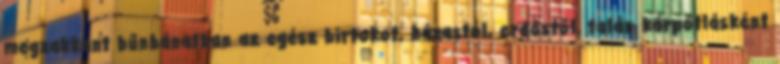
megzakkant bűnbánatban az egész birtokot, házastól, erdőstől, talán kárpótlásként